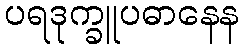
ပရဒုက္ခူပဓာနေန